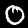
Label: 0